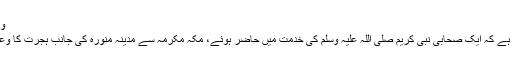
والدین کو خوش کرو
ایک روایت میں آتا ہے کہ ایک صحابی نبی کریم صلی اللہ علیہ وسلم کی خدمت میں حاضر ہوئے، مکہ مکرمہ سے مدینہ منورہ کی جانب ہجرت کا وعدہ کرنے کے لیے۔